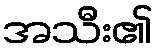
အသီး၏